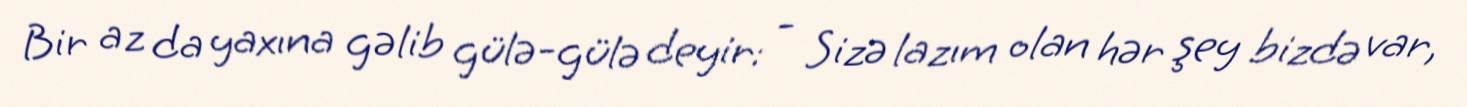
Bir az da yaxına gəlib gülə-gülə deyir: - Sizə lazım olan hər şey bizdə var,